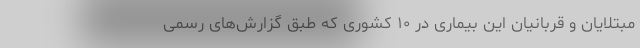
مبتلایان و قربانیان این بیماری در ۱۰ کشوری که طبق گزارش‌های رسمی